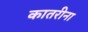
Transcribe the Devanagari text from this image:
कातरीना